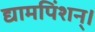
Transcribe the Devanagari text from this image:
द्यामपिंशन्।